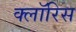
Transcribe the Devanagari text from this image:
क्लॉरिस